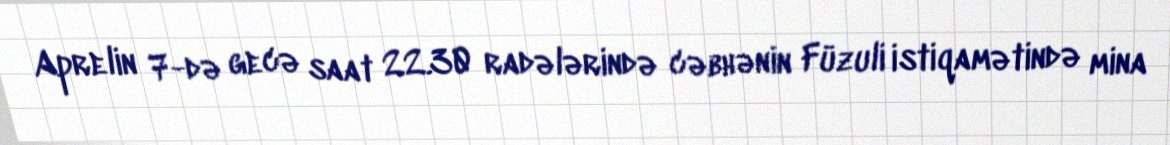
Aprelin 7-də gecə saat 22.30 radələrində cəbhənin Füzuli istiqamətində mina